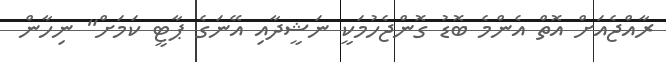
ރާއްޖެއަށް އޮތް އެންމެ ބޮޑު ގޮންޖެހުމަކީ ނަޝީދާއި އޭނަގެ ޕާޓީ ކަމަށް" ނިހާން